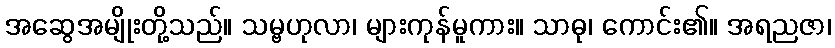
အဆွေအမျိုးတို့သည်။ သမ္ဗဟုလာ၊ များကုန်မူကား။ သာဓု၊ ကောင်း၏။ အရညဇာ၊